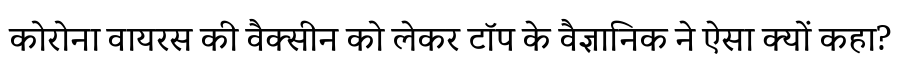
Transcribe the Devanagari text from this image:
कोरोना वायरस की वैक्सीन को लेकर टॉप के वैज्ञानिक ने ऐसा क्यों कहा?